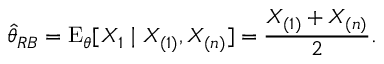
{ \hat { \theta } } _ { R B } = \operatorname { E } _ { \theta } [ X _ { 1 } \mid X _ { ( 1 ) } , X _ { ( n ) } ] = { \frac { X _ { ( 1 ) } + X _ { ( n ) } } { 2 } } .